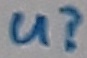
Text: u?